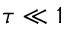
\tau \ll 1